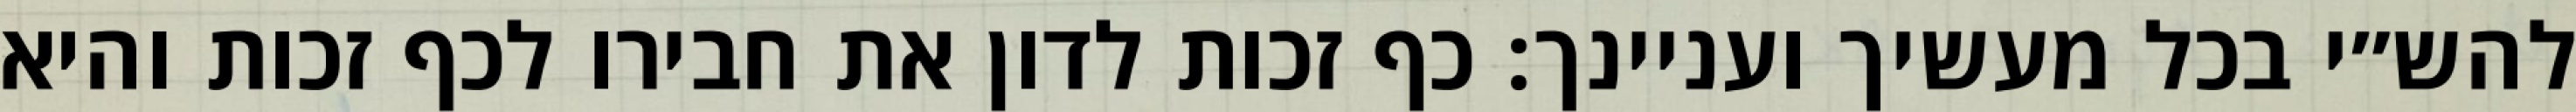
להש״י בכל מעשיך ועניינך: כף זכות לדון את חבירו לכף זכות והיא